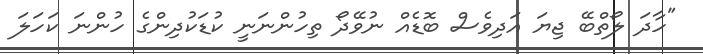
"ހާދަ ލޯތްބޭ ޖިޔަ އަދިވެސް ބޮޑެއް ނުވޭދޯ ތިހުންނަނީ ކުޑަކުދިންގެ ހުންނަ ކަހަލަ